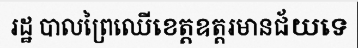
រដ្ឋ បាលព្រៃឈើខេត្តឧត្តរមានជ័យទេ